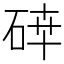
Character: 𥓈